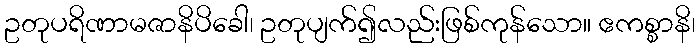
ဥတုပရိဏာမဇာနိပိခေါ၊ ဥတုပျက်၍လည်းဖြစ်ကုန်သော။ ဧကစ္စာနိ၊